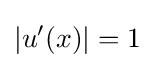
|u'(x)|=1